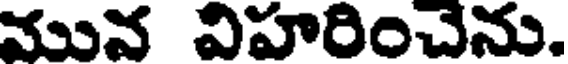
మున విహరించేను.